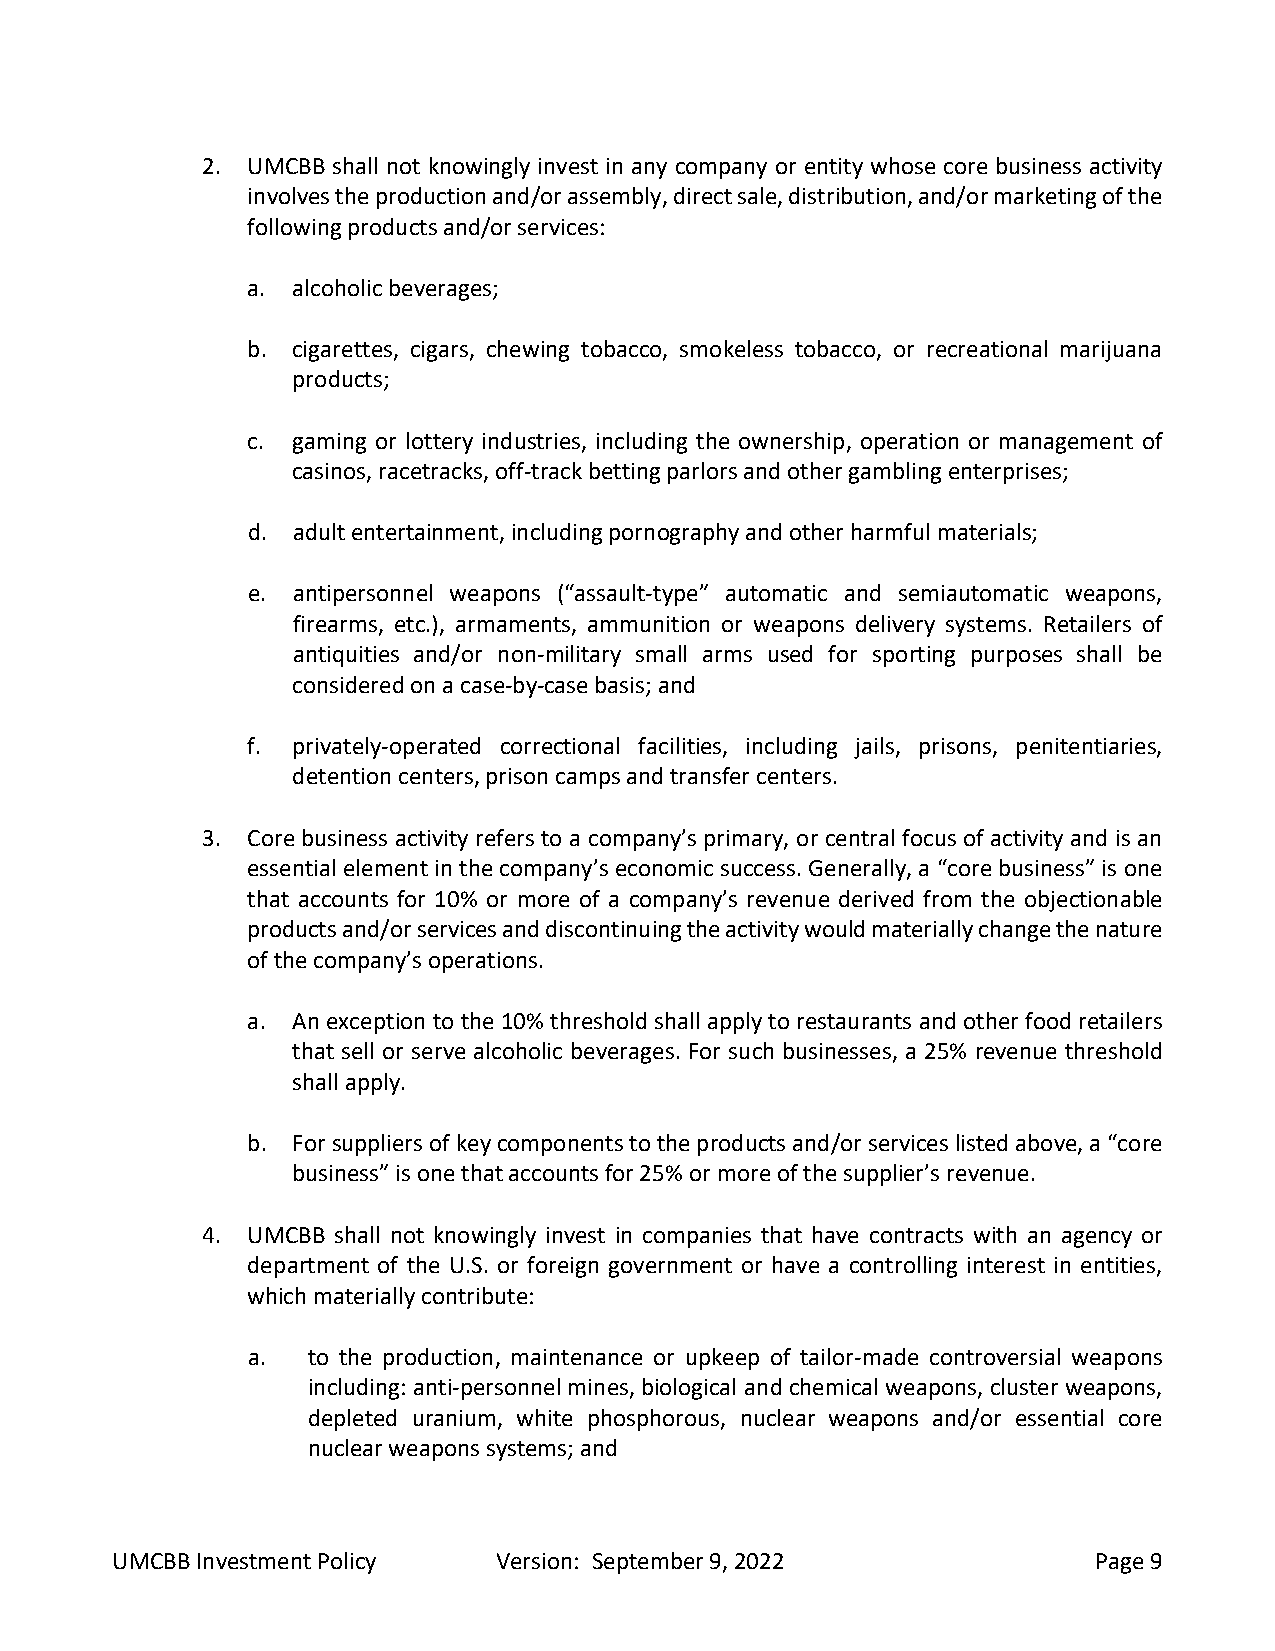
2. UMCBB shall not knowingly invest in any company or entity whose core business activity
 involves the production and/or assembly, direct sale, distribution, and/or marketing of the
 following products and/or services:
 a. alcoholic beverages;
 b. cigarettes, cigars, chewing tobacco, smokeless tobacco, or recreational marijuana
 products;
 c. gaming or lottery industries, including the ownership, operation or management of
 casinos, racetracks, off-track betting parlors and other gambling enterprises;
 d. adult entertainment, including pornography and other harmful materials;
 e. antipersonnel weapons (“assault-type” automatic and semiautomatic weapons,
 firearms, etc.), armaments, ammunition or weapons delivery systems. Retailers of
 antiquities and/or non-military small arms used for sporting purposes shall be
 considered on a case-by-case basis; and
 f. privately-operated correctional facilities, including jails, prisons, penitentiaries,
 detention centers, prison camps and transfer centers.
 3. Core business activity refers to a company’s primary, or central focus of activity and is an
 essential element in the company’s economic success. Generally, a “core business” is one
 that accounts for 10% or more of a company’s revenue derived from the objectionable
 products and/or services and discontinuing the activity would materially change the nature
 of the company’s operations.
 a. An exception to the 10% threshold shall apply to restaurants and other food retailers
 that sell or serve alcoholic beverages. For such businesses, a 25% revenue threshold
 shall apply.
 b. For suppliers of key components to the products and/or services listed above, a “core
 business” is one that accounts for 25% or more of the supplier’s revenue.
 4. UMCBB shall not knowingly invest in companies that have contracts with an agency or
 department of the U.S. or foreign government or have a controlling interest in entities,
 which materially contribute:
 a.  to the production, maintenance or upkeep of tailor-made controversial weapons
 including: anti-personnel mines, biological and chemical weapons, cluster weapons,
 depleted uranium, white phosphorous, nuclear weapons and/or essential core
 nuclear weapons systems; and
 UMCBB Investment Policy   Version: September 9, 2022              Page 9